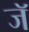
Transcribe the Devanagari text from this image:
जॅ